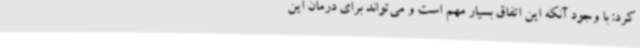
کرد: با وجود آنکه این اتفاق بسیار مهم است و می‌تواند برای درمان این